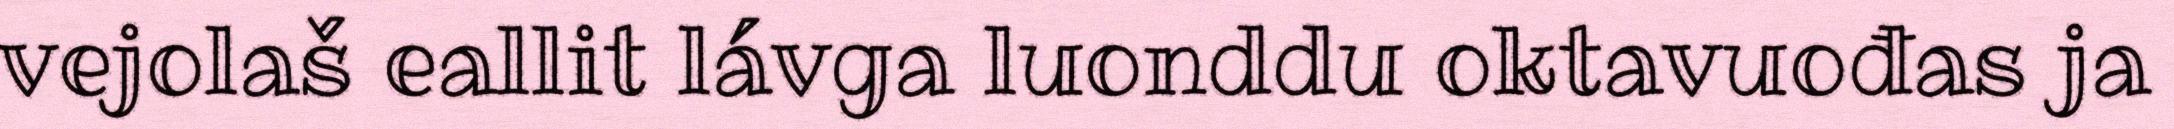
vejolaš eallit lávga luonddu oktavuođas ja